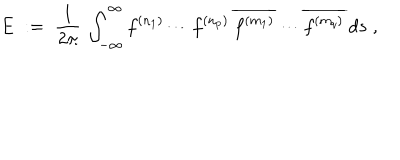
LaTeX: E \; : = \; \frac { 1 } { 2 \pi } \: \int _ { - \infty } ^ { \infty } f ^ { ( n _ { 1 } ) } \cdots f ^ { ( n _ { p } ) } \: \overline { { { f ^ { ( m _ { 1 } ) } } } } \cdots \overline { { { f ^ { ( m _ { q } ) } } } } \: d s \; ,